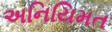
અનિયિમત